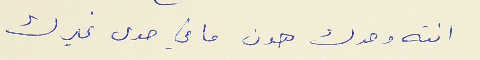
انته وحدك هون ما في حدى غيرك